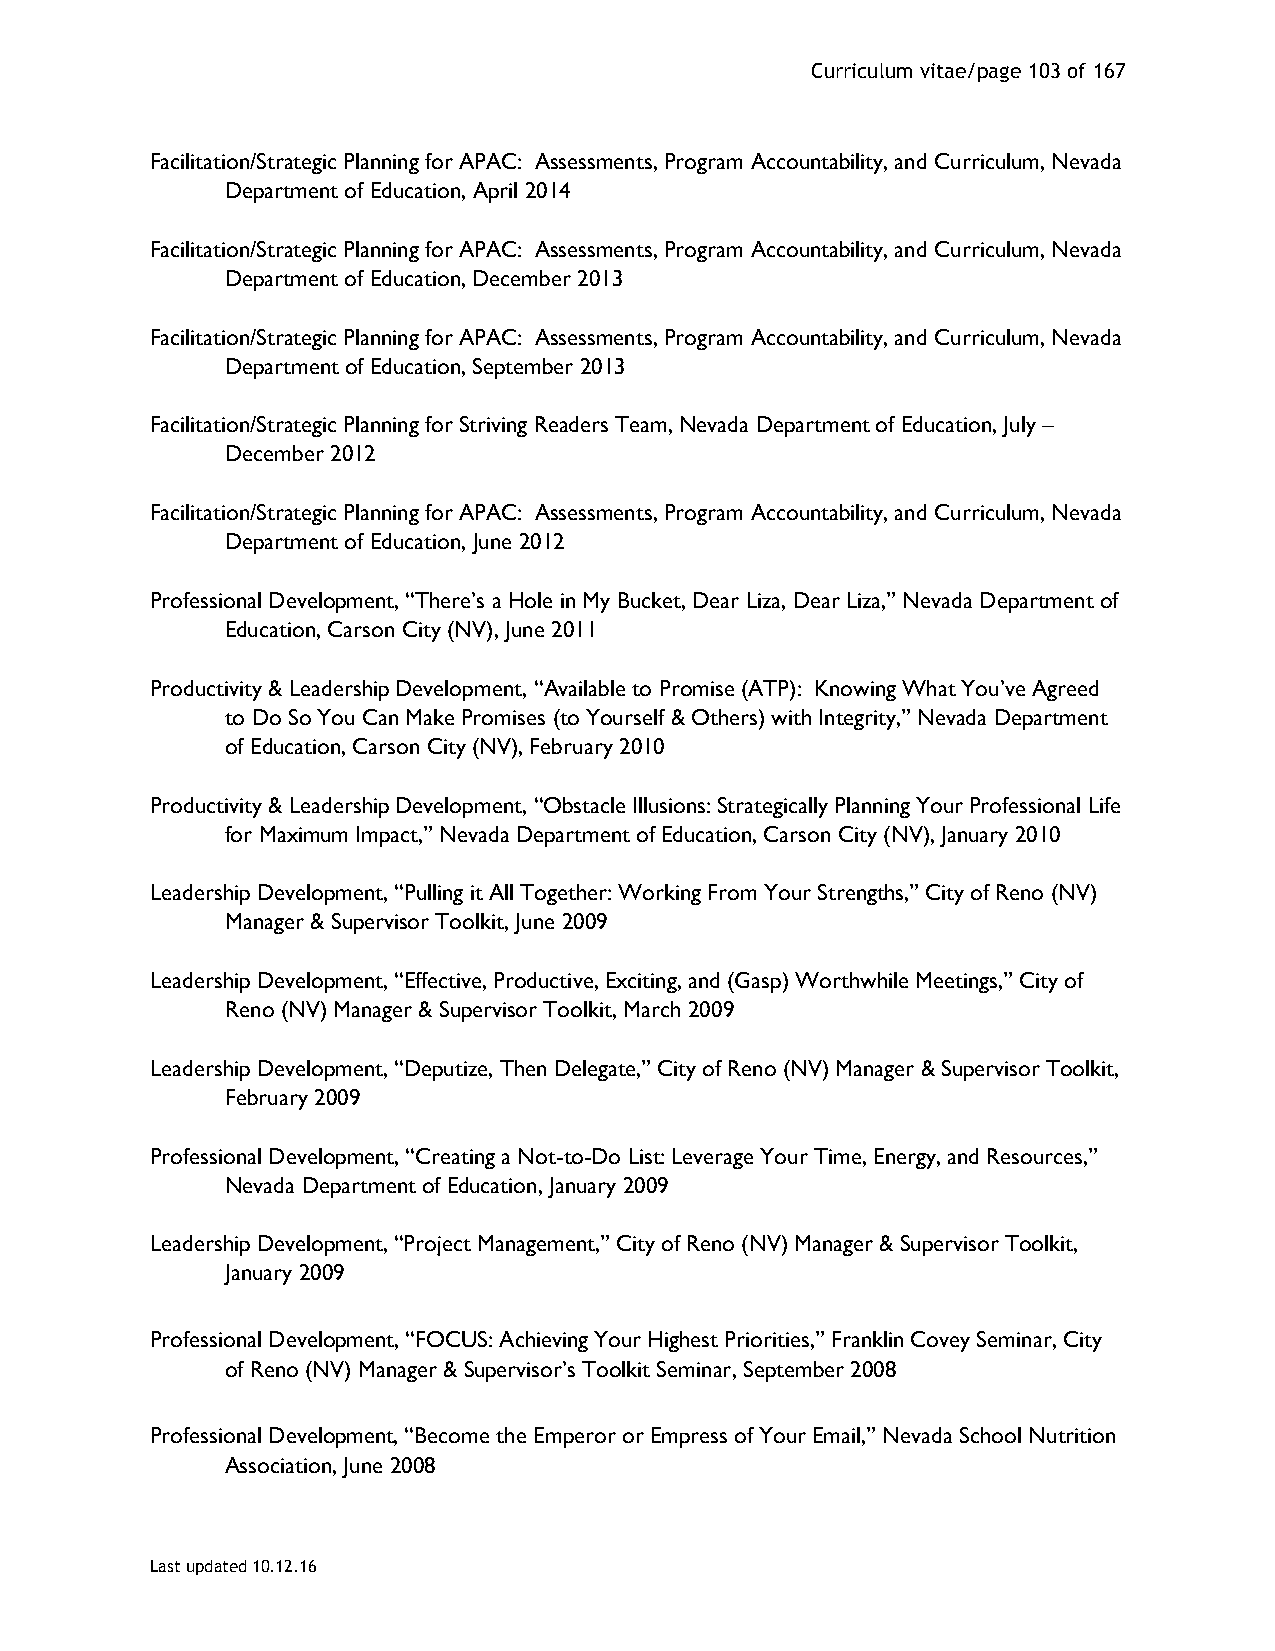
Curriculum vitae/page 103 of 167
 Facilitation/Strategic Planning for APAC: Assessments, Program Accountability, and Curriculum, Nevada
 Department of Education, April 2014
 Facilitation/Strategic Planning for APAC: Assessments, Program Accountability, and Curriculum, Nevada
 Department of Education, December 2013
 Facilitation/Strategic Planning for APAC: Assessments, Program Accountability, and Curriculum, Nevada
 Department of Education, September 2013
 Facilitation/Strategic Planning for Striving Readers Team, Nevada Department of Education, July –
 December 2012
 Facilitation/Strategic Planning for APAC: Assessments, Program Accountability, and Curriculum, Nevada
 Department of Education, June 2012
 Professional Development, “There’s a Hole in My Bucket, Dear Liza, Dear Liza,” Nevada Department of
 Education, Carson City (NV), June 2011
 Productivity & Leadership Development, “Available to Promise (ATP): Knowing What You’ve Agreed
 to Do So You Can Make Promises (to Yourself & Others) with Integrity,” Nevada Department
 of Education, Carson City (NV), February 2010
 Productivity & Leadership Development, “Obstacle Illusions: Strategically Planning Your Professional Life
 for Maximum Impact,” Nevada Department of Education, Carson City (NV), January 2010
 Leadership Development, “Pulling it All Together: Working From Your Strengths,” City of Reno (NV)
 Manager & Supervisor Toolkit, June 2009
 Leadership Development, “Effective, Productive, Exciting, and (Gasp) Worthwhile Meetings,” City of
 Reno (NV) Manager & Supervisor Toolkit, March 2009
 Leadership Development, “Deputize, Then Delegate,” City of Reno (NV) Manager & Supervisor Toolkit,
 February 2009
 Professional Development, “Creating a Not-to-Do List: Leverage Your Time, Energy, and Resources,”
 Nevada Department of Education, January 2009
 Leadership Development, “Project Management,” City of Reno (NV) Manager & Supervisor Toolkit,
 January 2009
 Professional Development, “FOCUS: Achieving Your Highest Priorities,” Franklin Covey Seminar, City
 of Reno (NV) Manager & Supervisor’s Toolkit Seminar, September 2008
 Professional Development, “Become the Emperor or Empress of Your Email,” Nevada School Nutrition
 Association, June 2008
 Last updated 10.12.16